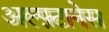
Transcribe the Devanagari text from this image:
अल्फ़्टानेस